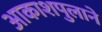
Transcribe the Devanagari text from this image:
आकाशपुलाने